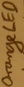
Text: Organe LED